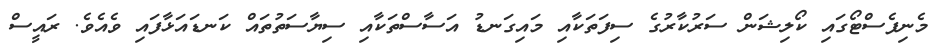
މެނިފެސްޓޯގައި ކޯލިޝަން ސަރުކާރުގެ ސިފަތަކާއި މައިގަނޑު އަސާސްތަކާއި ސިޔާސަތުތައް ކަނޑައަޅާފައި ވެއެވެ. ރައީސް